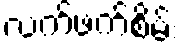
လက်ဖက်စိမ်း